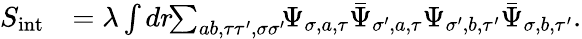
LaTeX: \begin{array}{rl}{S_{\mathrm{int}}}&{=\lambda\int dr\! \! \sum_{ab,\tau\tau^{\prime},\sigma\sigma^{\prime}}\! \! {\Psi}_{\sigma,a,\tau}\bar{\Psi}_{\sigma^{\prime},a,\tau}{\Psi}_{\sigma^{\prime},b,\tau^{\prime}}\bar{\Psi}_{\sigma,b,\tau^{\prime}}.}\end{array}